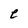
Character: e